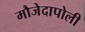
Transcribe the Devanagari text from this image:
मौजेदापोली